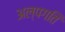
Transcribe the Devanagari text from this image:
अल्पगति